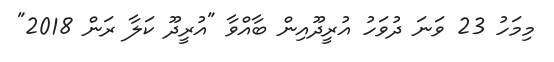
މިމަހު 23 ވަނަ ދުވަހު އުރީދޫއިން ބާއްވާ "އުރީދޫ ކަލާ ރަން 2018"